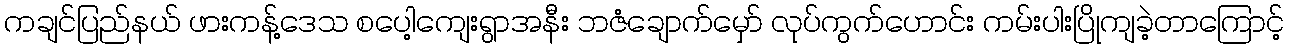
ကချင်ပြည်နယ် ဖားကန့်ဒေသ စပေါ့ကျေးရွာအနီး ဘဇံချောက်မှော် လုပ်ကွက်ဟောင်း ကမ်းပါးပြိုကျခဲ့တာကြောင့်